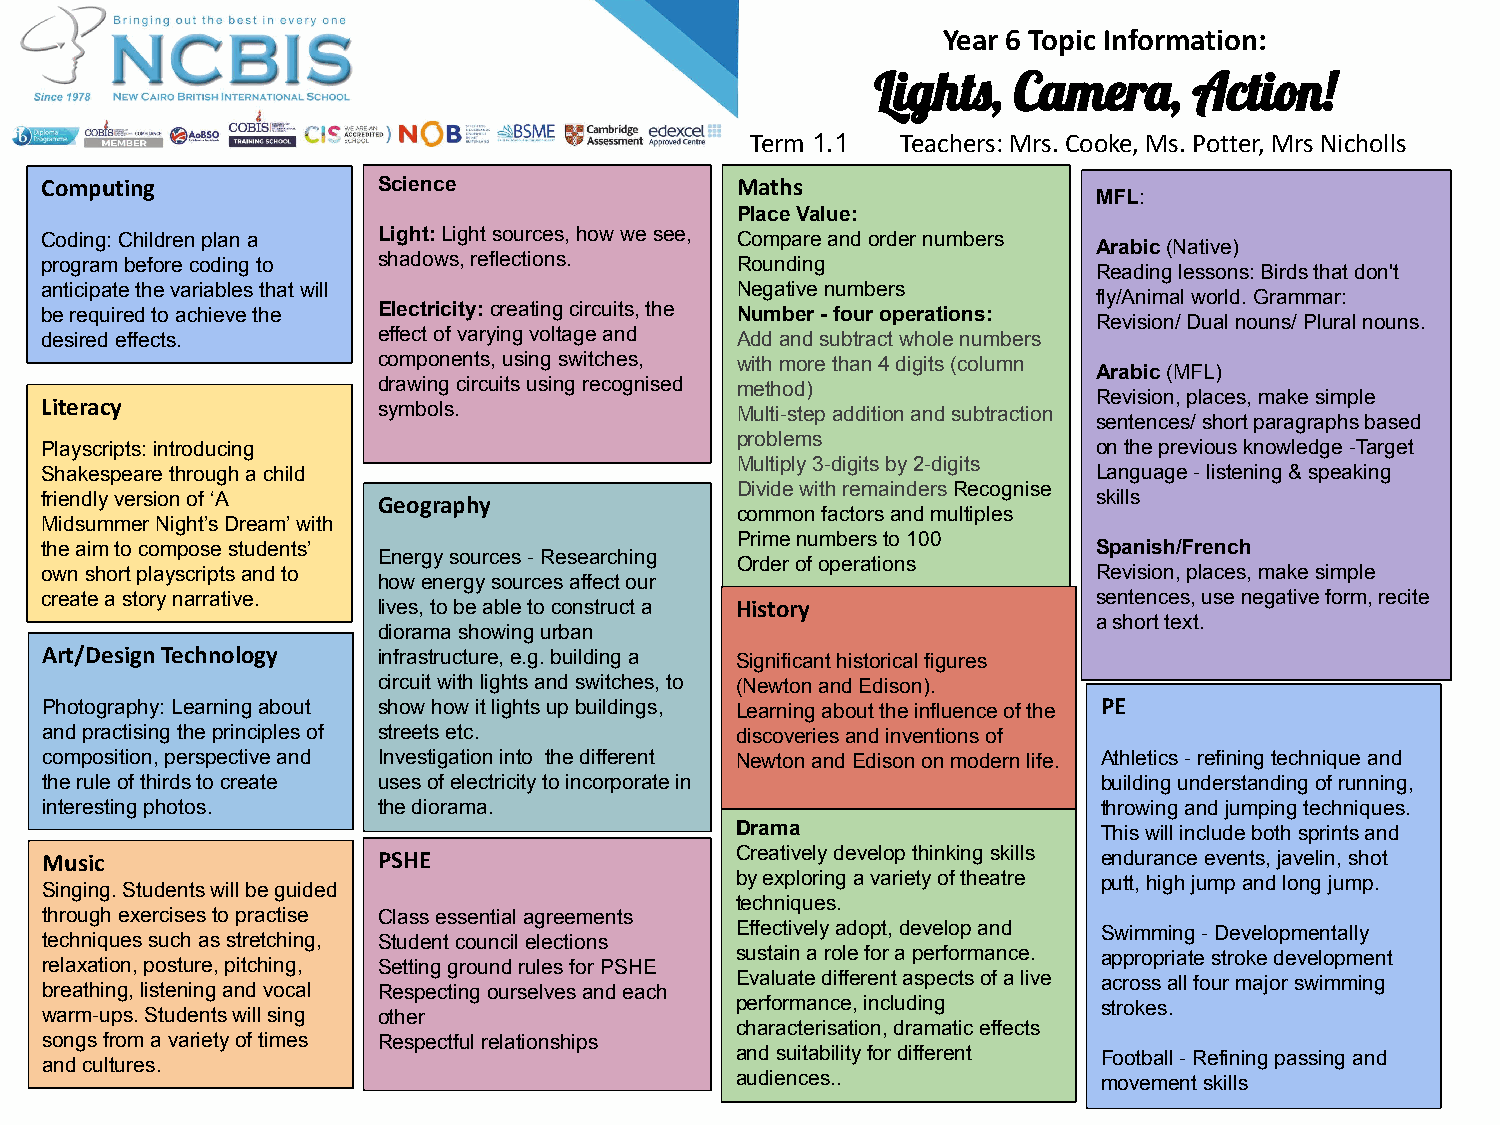
Year 6 Topic Information:
 Lights,  Camera,     Action!
 Term 1.1  Teachers: Mrs. Cooke, Ms. Potter, Mrs Nicholls
 Computing             Science                 Maths
 MFL:
 Place Value:
 Coding: Children plan a Light: Light sources, how we see, Compare and order numbers
 Arabic (Native)
 program before coding to shadows, reflections. Rounding
 Reading lessons: Birds that don't
 anticipate the variables that will            Negative numbers
 fly/Animal world. Grammar:
 be required to achieve the Electricity: creating circuits, the Number - four operations:
 Revision/ Dual nouns/ Plural nouns.
 desired effects.      effect of varying voltage and Add and subtract whole numbers
 components, using switches, with more than 4 digits (column
 Arabic (MFL)
 drawing circuits using recognised method)
 Revision, places, make simple
 Literacy              symbols.                Multi-step addition and subtraction
 sentences/ short paragraphs based
 problems
 Playscripts: introducing                                              on the previous knowledge -Target
 Multiply 3-digits by 2-digits
 Shakespeare through a child                                           Language - listening & speaking
 Divide with remainders Recognise
 friendly version of ‘A Geography                                      skills
 common factors and multiples
 Midsummer Night’s Dream’ with
 Prime numbers to 100
 the aim to compose students’                                          Spanish/French
 Energy sources - Researching
 Order of operations
 own short playscripts and to                                          Revision, places, make simple
 how energy sources affect our
 create a story narrative.                                             sentences, use negative form, recite
 lives, to be able to construct a History
 a short text.
 diorama showing urban
 Art/Design Technology infrastructure, e.g. building a Significant historical figures
 circuit with lights and switches, to (Newton and Edison).
 Photography: Learning about show how it lights up buildings, Learning about the influence of the PE
 and practising the principles of streets etc. discoveries and inventions of
 composition, perspective and Investigation into the different Newton and Edison on modern life. Athletics - refining technique and
 the rule of thirds to create uses of electricity to incorporate in    building understanding of running,
 interesting photos.   the diorama.                                    throwing and jumping techniques.
 Drama                   This will include both sprints and
 Music                 PSHE                    Creatively develop thinking skills endurance events, javelin, shot
 by exploring a variety of theatre putt, high jump and long jump.
 Singing. Students will be guided
 techniques.
 through exercises to practise Class essential agreements
 Effectively adopt, develop and Swimming - Developmentally
 techniques such as stretching, Student council elections
 sustain a role for a performance. appropriate stroke development
 relaxation, posture, pitching, Setting ground rules for PSHE
 Evaluate different aspects of a live across all four major swimming
 breathing, listening and vocal Respecting ourselves and each
 performance, including  strokes.
 warm-ups. Students will sing other
 characterisation, dramatic effects
 songs from a variety of times Respectful relationships
 and suitability for different Football - Refining passing and
 and cultures.
 audiences..             movement skills